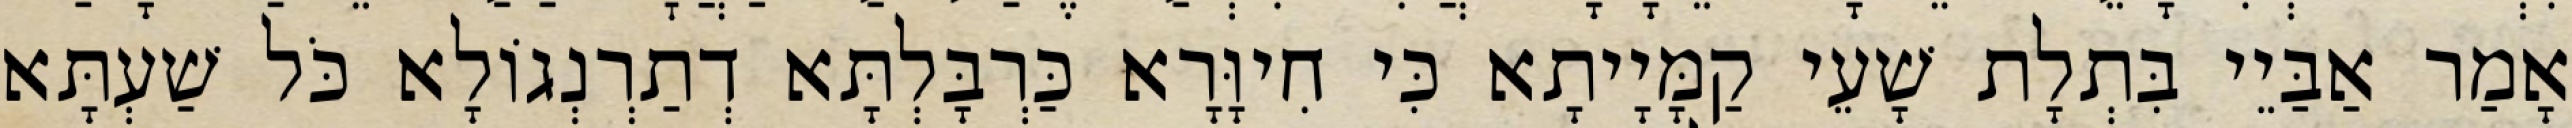
אָמַר אַבַּיֵי בִּתְלָת שָׁעֵי קַמָּיָיתָא כִּי חִיוָּרָא כַּרְבָּלְתָּא דְתַרְנְגוֹלָא כֹּל שַׁעְתָּא